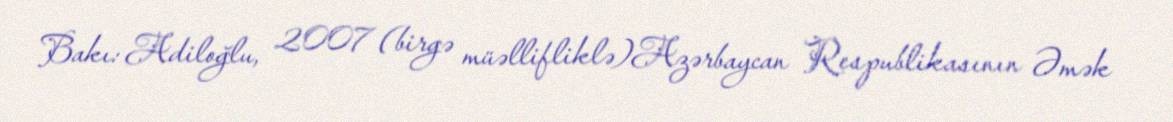
Bakı: Adiloğlu, 2007 (birgə müəllifliklə)Azərbaycan Respublikasının Əmək